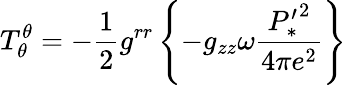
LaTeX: T_{\theta}^{\theta}=-\frac{1}{2}g^{rr}\left\{ -g_{zz}\omega\frac{{P_{*}^{\prime}}^{2}}{4\pi e^{2}}\right\}